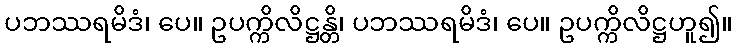
ပဘဿရမိဒံ၊ ပေ။ ဥပက္ကိလိဋ္ဌန္တိ၊ ပဘဿရမိဒံ၊ ပေ။ ဥပက္ကိလိဋ္ဌဟူ၍။